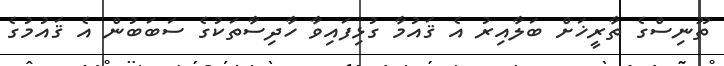
ތޫނިސްގެ ތާރީޚަށް ބަލާއިރު އެ ޤައުމާ ގުޅިފައިވާ ހާދިސާތަކުގެ ސަބަބުން އެ ޤައުމުގެ